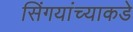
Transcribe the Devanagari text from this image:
सिंगयांच्याकडे